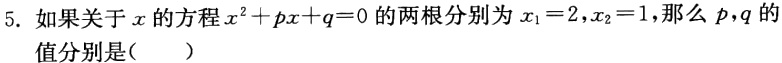
5. 如果关于\(x\)的方程\(x^{2}+px + q = 0\)的两根分别为\(x_{1}=2,x_{2}=1\)，那么\(p,q\)的